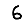
Digit: 6